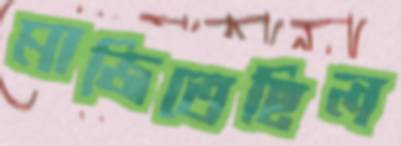
মাজিতেছিল